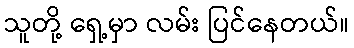
သူတို့ ရှေ့မှာ လမ်း ပြင်နေတယ်။